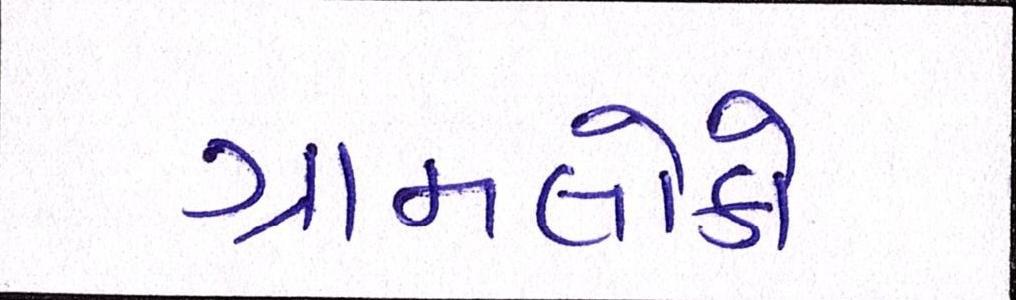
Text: ગ્રામલોકો